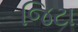
જિટા